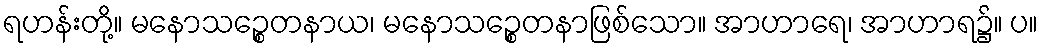
ရဟန်းတို့။ မနောသဉ္စေတနာယ၊ မနောသဉ္စေတနာဖြစ်သော။ အာဟာရေ၊ အာဟာရ၌။ ပ။